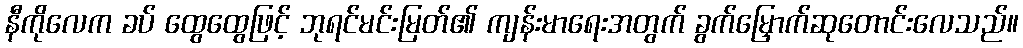
နီကိုလေက ခပ် ထွေထွေဖြင့် ဘုရင်မင်းမြတ်၏ ကျန်းမာရေးအတွက် ခွက်မြှောက်ဆုတောင်းလေသည်။